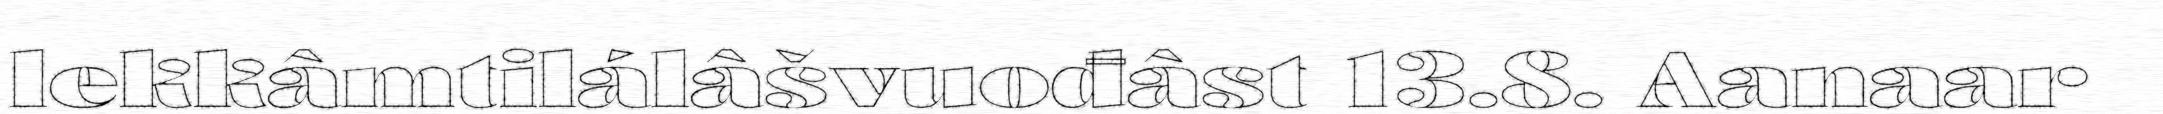
lekkâmtilálâšvuođâst 13.8. Aanaar